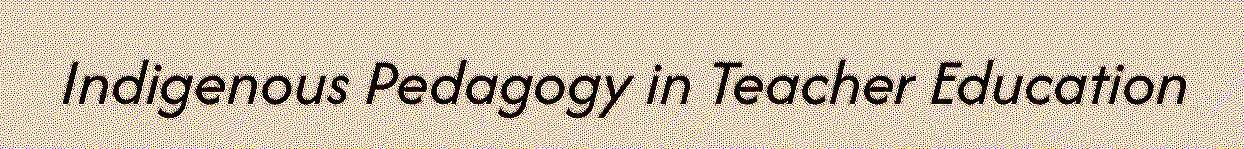
Indigenous Pedagogy in Teacher Education